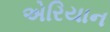
એરિયાન